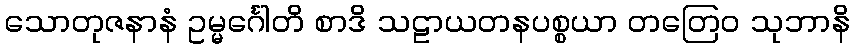
သောတုဇနာနံ ဥမ္မင်္ဂေါတိ စာဒိ သဠာယတနပစ္စယာ တတြေဝ သုဘာနိ